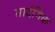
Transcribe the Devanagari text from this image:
मार्दगिक